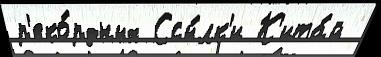
р'еко́рдных Ссы́лк'и К'ита́й